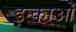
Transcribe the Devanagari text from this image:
इन्काओं